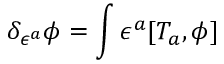
\delta _ { \epsilon ^ { a } } \phi = \int \epsilon ^ { a } [ T _ { a } , \phi ]